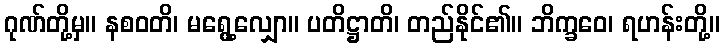
ဂုဏ်တို့မှ။ နစဝတိ၊ မရွေ့လျှော။ ပတိဋ္ဌာတိ၊ တည်နိုင်၏။ ဘိက္ခဝေ၊ ရဟန်းတို့။